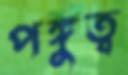
পঙ্গুত্ব